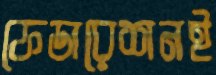
ফেডারেশনই